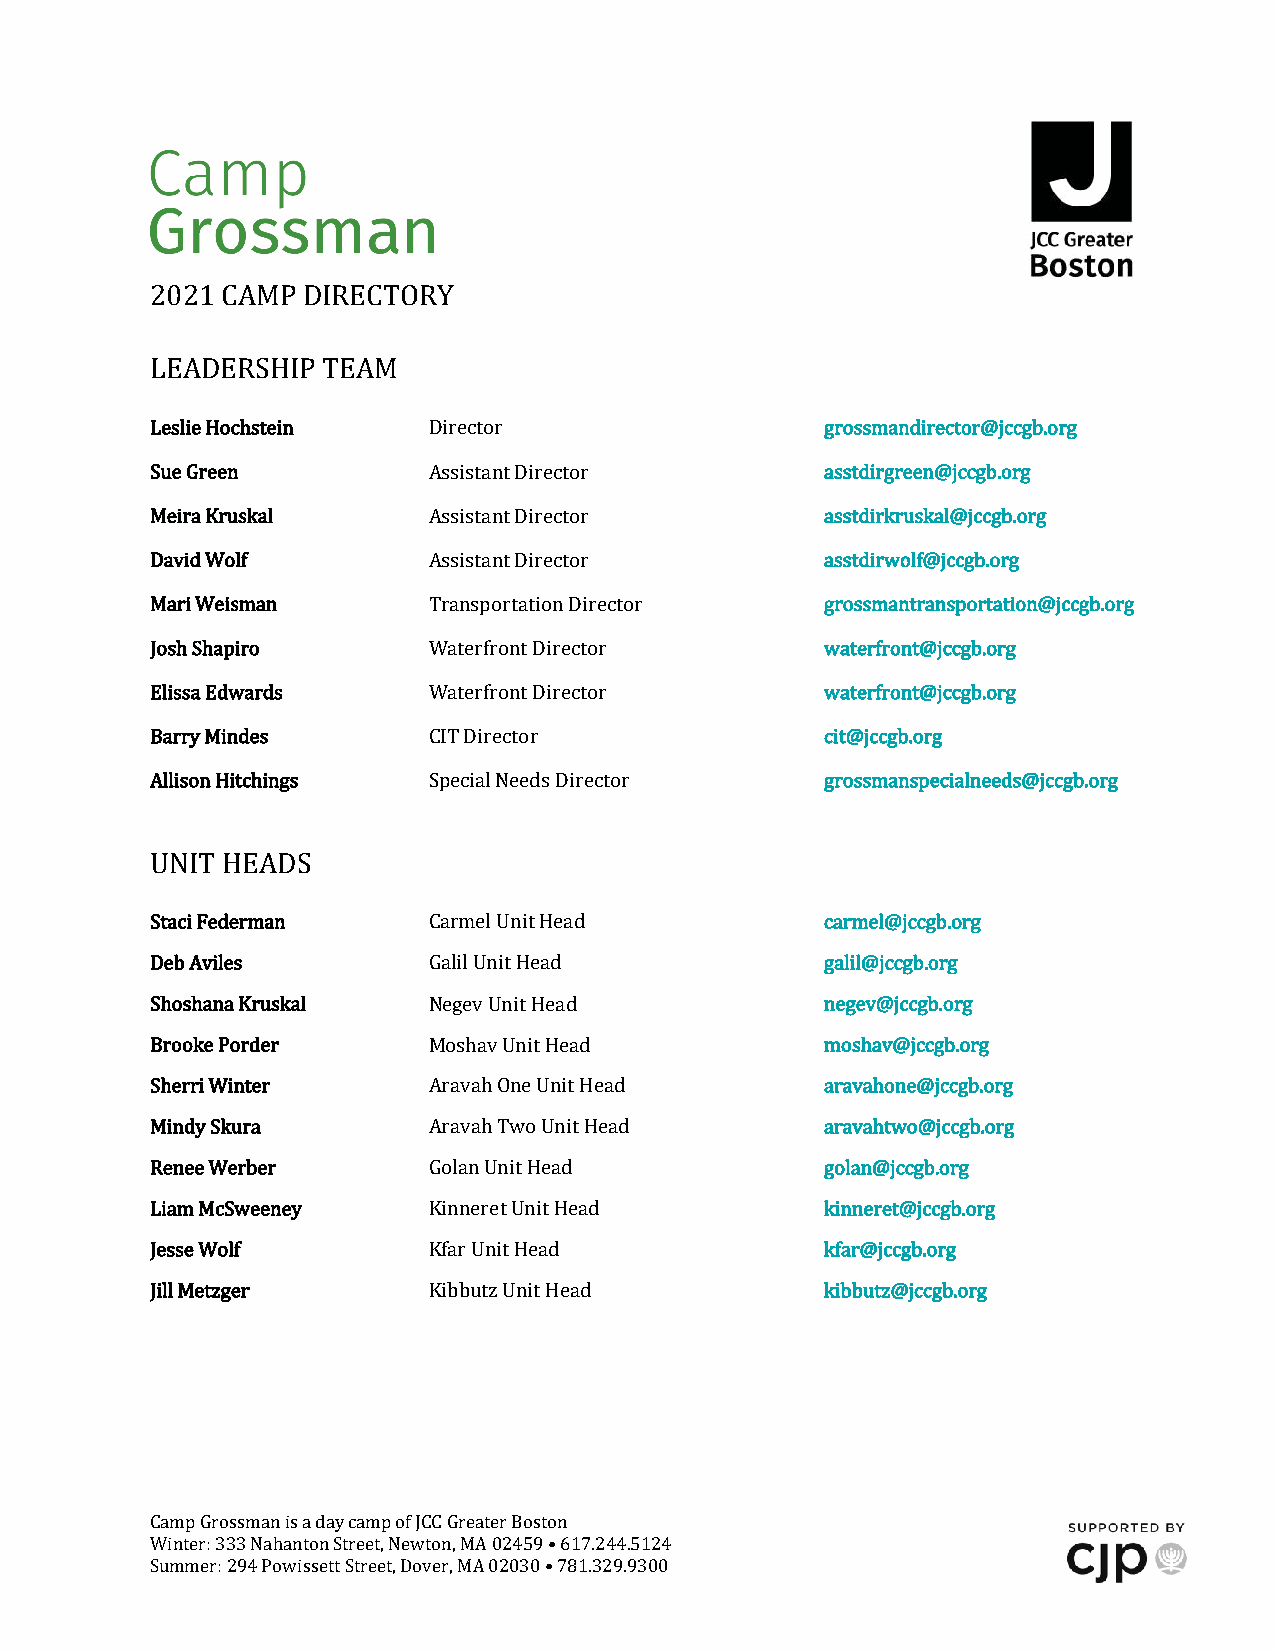
2021 CAMP DIRECTORY
 LEADERSHIP TEAM
 Leslie Hochstein  Director                   grossmandirector@jccgb.org
 Sue Green         Assistant Director         asstdirgreen@jccgb.org
 Meira Kruskal     Assistant Director         asstdirkruskal@jccgb.org
 David Wolf        Assistant Director         asstdirwolf@jccgb.org
 Mari Weisman      Transportation Director    grossmantransportation@jccgb.org
 Josh Shapiro      Waterfront Director        waterfront@jccgb.org
 Elissa Edwards    Waterfront Director        waterfront@jccgb.org
 Barry Mindes      CIT Director               cit@jccgb.org
 Allison Hitchings Special Needs Director     grossmanspecialneeds@jccgb.org
 UNIT HEADS
 Staci Federman    Carmel Unit Head           carmel@jccgb.org
 Deb Aviles        Galil Unit Head            galil@jccgb.org
 Shoshana Kruskal  Negev Unit Head            negev@jccgb.org
 Brooke Porder     Moshav Unit Head           moshav@jccgb.org
 Sherri Winter     Aravah One Unit Head       aravahone@jccgb.org
 Mindy Skura       Aravah Two Unit Head       aravahtwo@jccgb.org
 Renee Werber      Golan Unit Head            golan@jccgb.org
 Liam McSweeney    Kinneret Unit Head         kinneret@jccgb.org
 Jesse Wolf        Kfar Unit Head             kfar@jccgb.org
 Jill Metzger      Kibbutz Unit Head          kibbutz@jccgb.org
 Camp Grossman is a day camp of JCC Greater Boston
 Winter: 333 Nahanton Street, Newton, MA 02459 • 617.244.5124
 Summer: 294 Powissett Street, Dover, MA 02030 • 781.329.9300